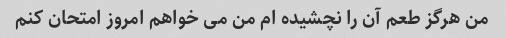
من هرگز طعم آن را نچشیده ام من می خواهم امروز امتحان کنم